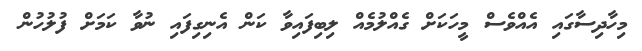
މިހާދިސާގައި އެއްވެސް މީހަކަށް ގެއްލުމެއް ލިބިފައިވާ ކަން އެނިގިފައި ނުވާ ކަމަށް ފުލުހުން